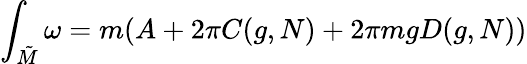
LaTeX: \int_{{\tilde{M}}}\omega=m(A+2\pi C(g,N)+2\pi mgD(g,N))